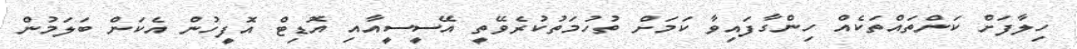
ހިލާފަށް ކަންތައްތަކެއް ހިންގާފައިވާ ކަމަށް ތުހުމަތުކުރެވޭތީ އޭސީސީއާއި އޮޑިޓް އޮފީހުން އެކަން ބަލަމުން